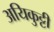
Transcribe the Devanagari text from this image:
अयिकुट्टी